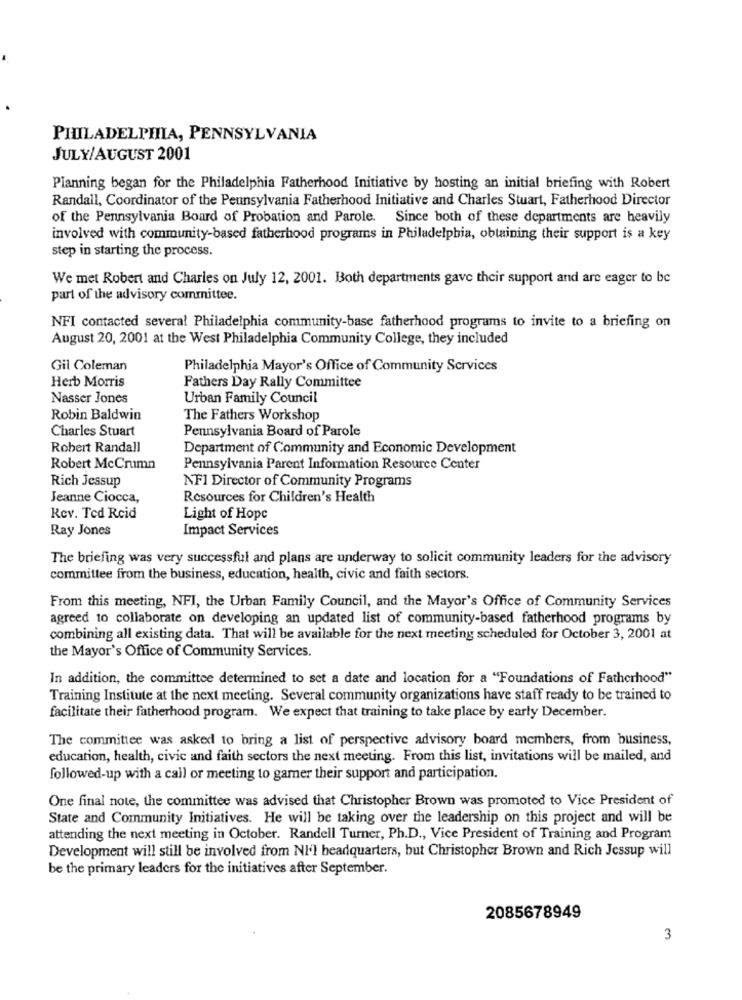
PHILADELPHIA, PENNSYLVANIA
JULY/AUGUST 2001
Planning began for the Philadelphia Fatherhood Initiative by hosting an initial briefing with Robert
Randall, Coordinator of the Pennsylvania Fatherhood Initiative and Charles Stuart, Fatherhood Director
of the Pennsylvania Board of Probation and Parole. Since both of these departments are heavily
involved with community-based fatherhood programs in Philadelphia, obtaining their support is a key
step in starting the process.
We met Robert and Charles on July 12, 2001. Both departments gave their support and are eager to be
part of the advisory committee.
NFI contacted several Philadelphia community-base fatherhood programs to invite to a briefing on
August 20, 2001 at the West Philadelphia Community College, they included
Gil Coleman
Philadelphia Mayor's Office of Community Services
Herb Morris
Fathers Day Rally Committee
Nasser Jones
Urban Family Council
Robin Baldwin
The Fathers Workshop
Charles Stuart
Pennsylvania Board of Parole
Robert Randall
Department of Community and Economic Development
Robert McCrumn
Pennsylvania Parent Information Resource Center
Rich Jessup
NF1 Director of Community Programs
Jeanne Ciocca,
Resources for Children's Health
Rev. Ted Reid
Light of Hope
Ray Jones
Impact Services
The briefing was very successful and plans are underway to solicit community leaders for the advisory
committee from the business, education, health, civic and faith sectors.
From this meeting, NFI, the Urban Family Council, and the Mayor's Office of Community Services
agreed to collaborate on developing an updated list of community-based fatherhood programs by
combining all existing data. That will be available for the next meeting scheduled for October 3, 2001 at
the Mayor's Office of Community Services.
In addition, the committee determined to set a date and location for a "Foundations of Fatherhood"
Training Institute at the next meeting. Several community organizations have staff ready to be trained to
facilitate their fatherhood program. We expect that training to take place by early December.
The committee was asked to bring a list of perspective advisory board members, from business,
education, health, civic and faith sectors the next meeting. From this list, invitations will be mailed, and
followed-up with a call or meeting to gamer their support and participation.
One final note, the committee was advised that Christopher Brown was promoted to Vice President of
State and Community Initiatives. He will be taking over the leadership on this project and will be
attending the next meeting in October. Randell Turner, Ph.D ., Vice President of Training and Program
Development will still be involved from NI'l headquarters, but Christopher Brown and Rich Jessup will
be the primary leaders for the initiatives after September.
2085678949
3